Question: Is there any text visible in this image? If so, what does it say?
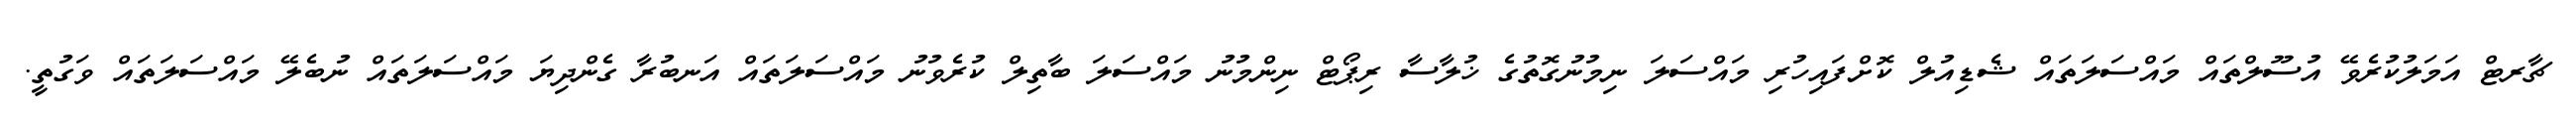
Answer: ޗާރޓް އަމަލުކުރެވޭ އުސޫލްތައް މައްސަލަތައް ޝެޑިއުލް ކޮށްފައިހުރި މައްސަލަ ނިމުނުގޮތުގެ ޚުލާސާ ރިޕޯޓް ނިންމުނު މައްސަލަ ބާތިލް ކުރެވުނު މައްސަލަތައް އަނބުރާ ގެންދިޔަ މައްސަލަތައް ނުބެލޭ މައްސަލަތައް ވަގުތީ.